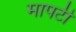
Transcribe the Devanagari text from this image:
मापटी